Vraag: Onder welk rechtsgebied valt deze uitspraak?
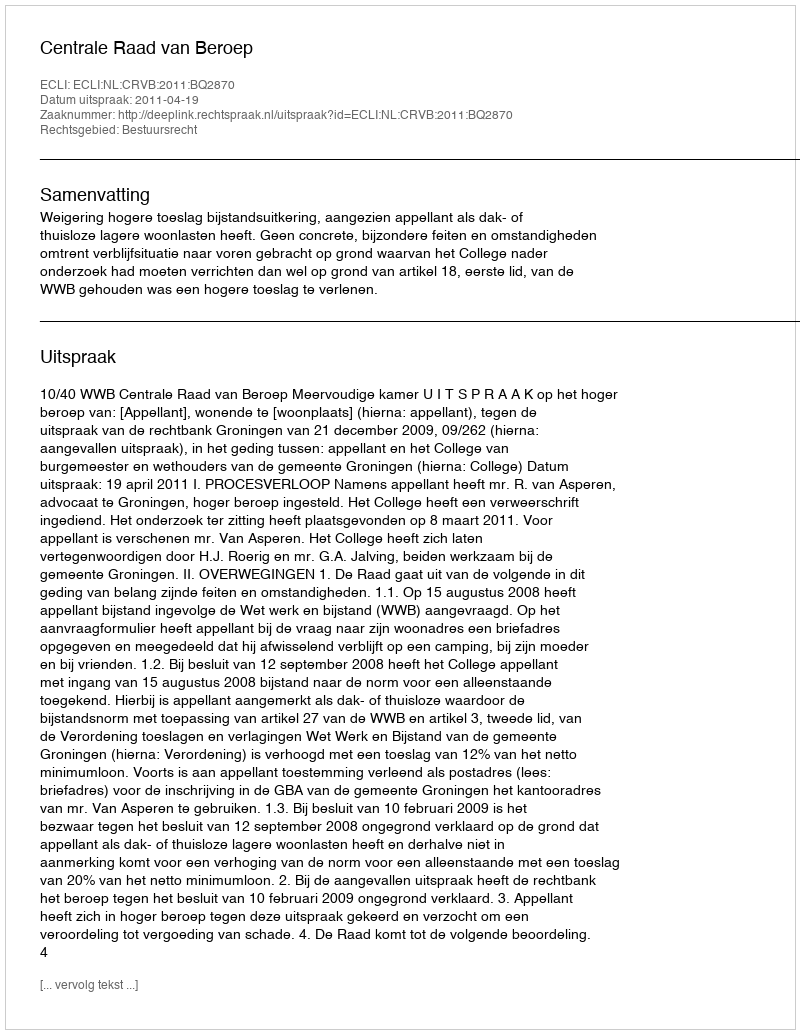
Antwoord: Bestuursrecht